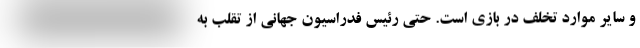
و سایر موارد تخلف در بازی است. حتی رئیس فدراسیون جهانی از تقلب به